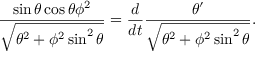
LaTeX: { \frac { \sin \theta \cos \theta \phi ^ { 2 } } { \sqrt { \theta ^ { 2 } + \phi ^ { 2 } \sin ^ { 2 } \theta } } } = { \frac { d } { d t } } { \frac { \theta ^ { \prime } } { \sqrt { \theta ^ { 2 } + \phi ^ { 2 } \sin ^ { 2 } \theta } } } .